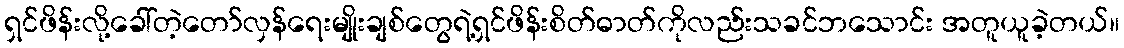
ရှင်ဖိန်းလို့ခေါ်တဲ့တော်လှန်ရေးမျိုးချစ်တွေရဲ့ရှင်ဖိန်းစိတ်ဓာတ်ကိုလည်းသခင်ဘသောင်း အတူယူခဲ့တယ်။